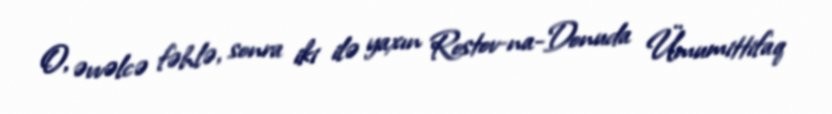
O, əvvəlcə fəhlə, sonra iki ilə yaxın Rostov-na-Donuda Ümumittifaq